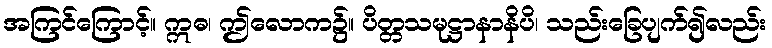
အကြင်ကြောင့်။ ဣဓ၊ ဤလောက၌။ ပိတ္တသမုဋ္ဌာနာနိပိ၊ သည်းခြေပျက်၍လည်း